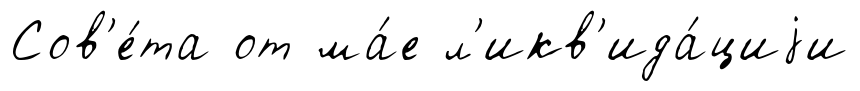
Сов'е́та от ма́е л'икв'ида́циjи